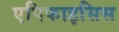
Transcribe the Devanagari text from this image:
एपिफाइसिस